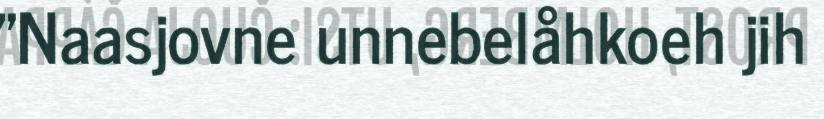
"Naasjovne unnebelåhkoeh jih